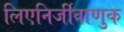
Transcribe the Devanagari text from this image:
लिएनिर्जीवाणुक